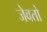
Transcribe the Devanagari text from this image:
जेवतो